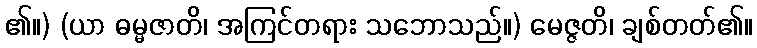
၏။) (ယာ ဓမ္မဇာတိ၊ အကြင်တရား သဘောသည်။) မေဇ္ဇတိ၊ ချစ်တတ်၏။